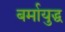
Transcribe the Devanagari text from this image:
बर्मायुद्ध